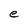
Character: e